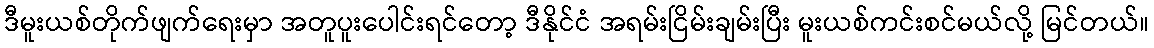
ဒီမူးယစ်တိုက်ဖျက်ရေးမှာ အတူပူးပေါင်းရင်တော့ ဒီနိုင်ငံ အရမ်းငြိမ်းချမ်းပြီး မူးယစ်ကင်းစင်မယ်လို့ မြင်တယ်။